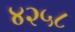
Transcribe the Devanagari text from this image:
४२५८